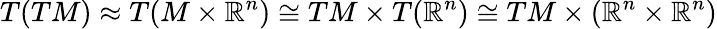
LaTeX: T(TM)\approx T(M\times\mathbb{R}^{n})\cong TM\times T(\mathbb{R}^{n})\cong TM\times(\mathbb{R}^{n}\times\mathbb{R}^{n})